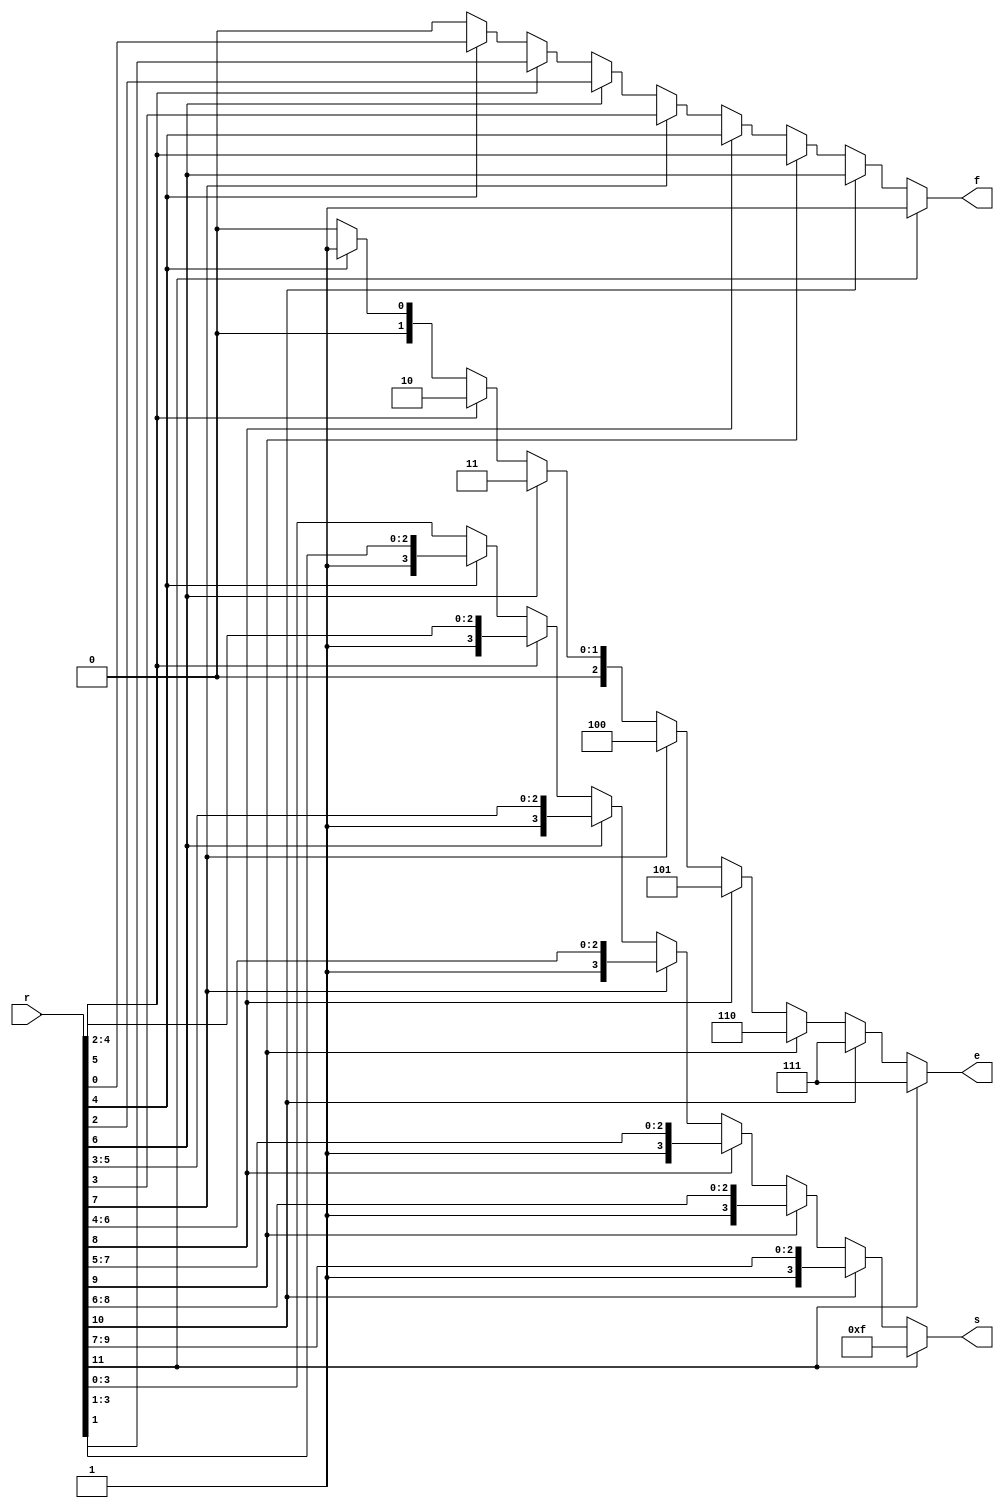
`timescale 1ns / 1ps
//////////////////////////////////////////////////////////////////////////////////
// Company: 
// Engineer: 
// 
// Design Name: 
// Module Name:    linearToFB 
// Project Name: 
// Target Devices: 
// Tool versions: 
// Description: 
//
// Dependencies: 
//
// Revision: 
// Revision 0.01 - File Created
// Additional Comments: 
//
//////////////////////////////////////////////////////////////////////////////////
module linearToFB (input [11:0] r, output reg [2:0] e, output reg [3:0] s, output reg f);
	// reg [11:0] r_temp;
	always @(*)
	begin
		//r_temp = r;
		if (r[11] == 1) begin
			e = 3'b111;
			s = 4'b1111;
			f = 1'b1;
		end else if (r[10] == 1) begin 
			e = 3'b111;
			s = r[10:7];
			f = r[6];
		end else if (r[9] == 1) begin 
			e = 3'b110;
			s = r[9:6];
			f = r[5];
		end else if (r[8] == 1) begin 
			e = 3'b101;
			s = r[8:5];
			f = r[4];
		end else if (r[7] == 1) begin 
			e = 3'b100;
			s = r[7:4];
			f = r[3];
		end else if (r[6] == 1) begin 
			e = 3'b011;
			s = r[6:3];
			f = r[2];
		end else if (r[5] == 1) begin 
			e = 3'b010;
			s = r[5:2];
			f = r[1];
		end else if (r[4] == 1) begin 
			e = 3'b001;
			s = r[4:1];
			f = r[0];
		end else begin
			e = 3'b000;
			s = r[3:0];
			f = 1'b0;
		end
	end

endmodule